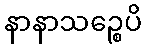
နာနာသဉ္စေပိ